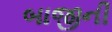
બાજીની